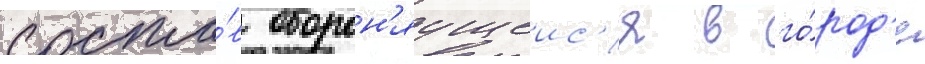
соста́в оборон'яущеис'я в го́род'е